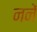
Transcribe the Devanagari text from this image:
ननें